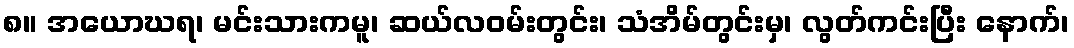
၈။ အယောဃရ၊ မင်းသားကမူ၊ ဆယ်လဝမ်းတွင်း၊ သံအိမ်တွင်းမှ၊ လွတ်ကင်းပြီး နောက်၊